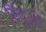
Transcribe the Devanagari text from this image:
हिंदुऒं